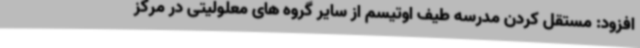
افزود: مستقل کردن مدرسه طیف اوتیسم از سایر گروه های معلولیتی در مرکز